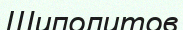
Шиполитов